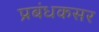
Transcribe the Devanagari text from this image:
प्रबंधकसर